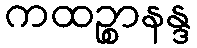
ကထဉ္စာနန္ဒ